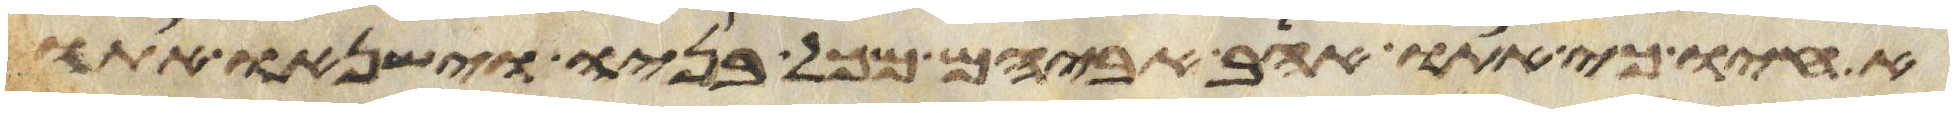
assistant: אחיו כי אתו אהב אביהם מכל בניו וישנאו אתו